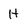
Character: H